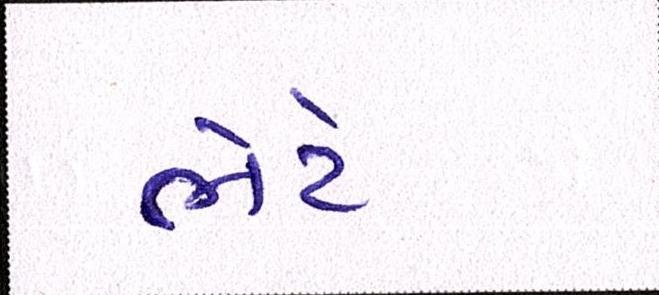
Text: ભેટે